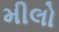
મીલો